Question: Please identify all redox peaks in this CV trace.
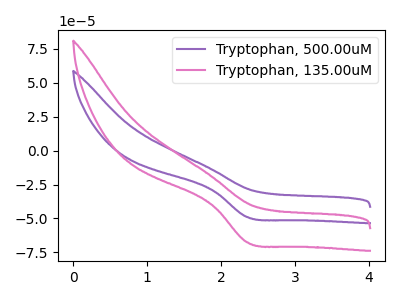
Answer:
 <answer>The purple curve "Tryptophan, 500.00uM" has a cathodic peak at: (2.35V, -48.95uA). The pink curve "Tryptophan, 135.00uM" has a cathodic peak at: (2.35V, -67.55uA).</answer>
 <eval></eval>